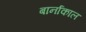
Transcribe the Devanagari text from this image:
बार्नाकाल